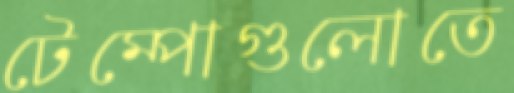
টেম্পোগুলোতে